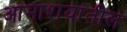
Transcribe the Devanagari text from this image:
आमाशयांतील